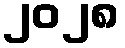
၂၀၂၈